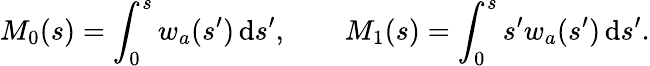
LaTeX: M_{0}(s)=\int_{0}^{s}w_{a}(s^{\prime})\, \mathrm{d}s^{\prime},\qquad M_{1}(s)=\int_{0}^{s}s^{\prime}w_{a}(s^{\prime})\, \mathrm{d}s^{\prime}.